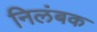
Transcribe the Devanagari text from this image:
निलंबक